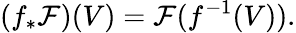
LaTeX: (f_{*}{\mathcal{F}})(V)={\mathcal{F}}(f^{-1}(V)).